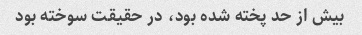
بیش از حد پخته شده بود، در حقیقت سوخته بود